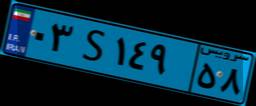
۰۳S۱۴۹۵۸